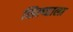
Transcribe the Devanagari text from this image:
सिल्व्हाला